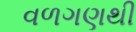
વળગણથી